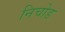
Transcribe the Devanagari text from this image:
निचोड